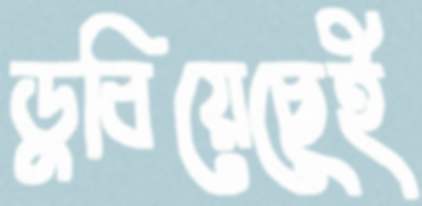
ডুবিয়েছেই